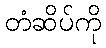
တံဆိပ်ကို